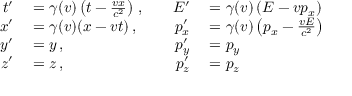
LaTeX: \begin{array} { r l r l } { t ^ { \prime } } & { { } = \gamma ( v ) \left( t - { \frac { v x } { c ^ { 2 } } } \right) \, , \quad } & { E ^ { \prime } } & { { } = \gamma ( v ) \left( E - v p _ { x } \right) } \\ { x ^ { \prime } } & { { } = \gamma ( v ) ( x - v t ) \, , \quad } & { p _ { x } ^ { \prime } } & { { } = \gamma ( v ) \left( p _ { x } - { \frac { v E } { c ^ { 2 } } } \right) } \\ { y ^ { \prime } } & { { } = y \, , \quad } & { p _ { y } ^ { \prime } } & { { } = p _ { y } } \\ { z ^ { \prime } } & { { } = z \, , \quad } & { p _ { z } ^ { \prime } } & { { } = p _ { z } } \end{array}